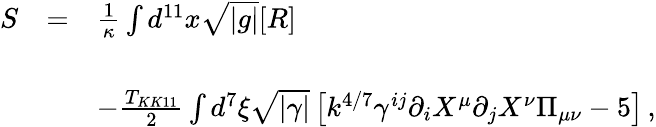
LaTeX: \begin{array}{rcl}{{S}}&{{=}}&{{{\frac{1}{\kappa}}\int d^{11}x\sqrt{|g|}[R]}}\\ {{}}&{{}}&{{}}\\ {{}}&{{}}&{{-{\frac{T_{KK11}}{2}}\int d^{7}\xi\sqrt{|\gamma|}\left[k^{4/7}\gamma^{ij}\partial_{i}X^{\mu}\partial_{j}X^{\nu}\Pi_{\mu\nu}-5\right]\, ,}}\end{array}